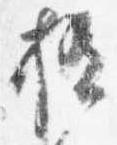
極